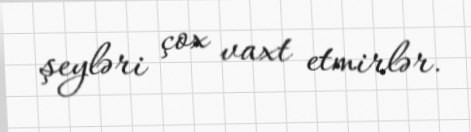
şeyləri çox vaxt etmirlər.